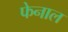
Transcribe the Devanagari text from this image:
फेनाल